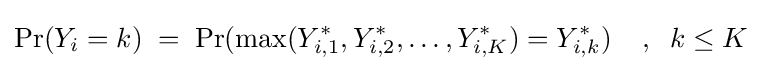
\Pr(Y_{i}=k)\;=\;\Pr(\max(Y_{i,1}^{\ast },Y_{i,2}^{\ast },\ldots ,Y_{i,K}^{\ast })=Y_{i,k}^{\ast })\;\;\;\;,\;\;k\leq K